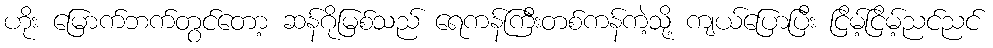
ဟိုး မြောက်ဘက်တွင်တော့ ဆန်ဂိုမြစ်သည် ရေကန်ကြီးတစ်ကန်ကဲ့သို့ ကျယ်ပြောပြီး ငြိမ့်ငြိမ့်ညင်ညင်